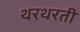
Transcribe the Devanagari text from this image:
थरथरती